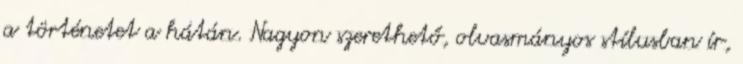
a történetet a hátán. Nagyon szerethető, olvasmányos stílusban ír,